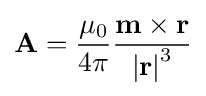
\mathbf {A} ={\frac {\mu _{0}}{4\pi }}{\frac {\mathbf {m} \times \mathbf {r} }{\left|\mathbf {r} \right|^{3}}}